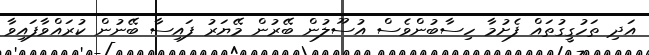
އަދި ތަހުގީގުތައް ފެށުމާ ހިސާބުންވެސް އުސޫލުން ބޭރުން މޭޔަރު ފައިސާ ބޭނުން ކުރައްވާފައިވާ